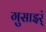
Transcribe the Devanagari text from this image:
गुसाइर्ं